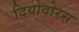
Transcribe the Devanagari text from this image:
दियोदोरस